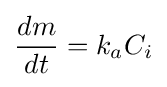
{\frac {dm}{dt}}={k_{a}}C_{i}